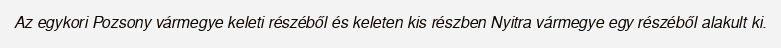
Az egykori Pozsony vármegye keleti részéből és keleten kis részben Nyitra vármegye egy részéből alakult ki.